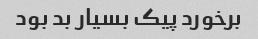
برخورد پیک بسیار بد بود